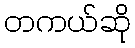
တကယ်ဆို